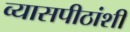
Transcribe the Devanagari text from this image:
व्यासपीठांशी